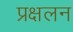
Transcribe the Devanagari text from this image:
प्रक्षलन